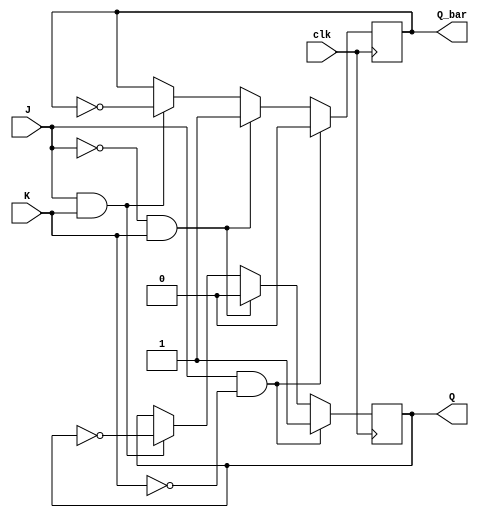
module jk_flipflop(
    input J, // Set input
    input K, // Reset input
    input clk, // Clock input
    output reg Q, // Output Q
    output reg Q_bar // Output Q-bar
);

always @(posedge clk) begin
    if(J & ~K) begin
        Q <= 1'b1; // Set Q to high
        Q_bar <= 1'b0; // Reset Q-bar to low
    end
    else if(~J & K) begin
        Q <= 1'b0; // Reset Q to low
        Q_bar <= 1'b1; // Set Q-bar to high
    end
    else if(J & K) begin
        Q <= ~Q; // Toggle Q
        Q_bar <= ~Q_bar;
    end
end

endmodule